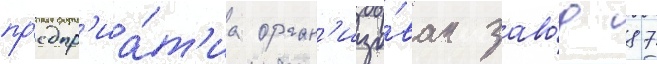
пр'едпр'иа́т'иа орган'изо́ван заво́д 87